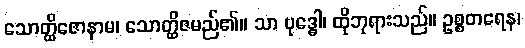
သောတ္ထိဇောနာမ၊ သောတ္ထိဇမည်၏။ သာ ဗုဒ္ဓေါ၊ ထိုဘုရားသည်။ ဥစ္စတရေန၊